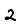
Digit: 2